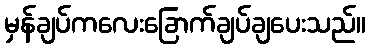
မှန်ချပ်ကလေးခြောက်ချပ်ချပေးသည်။